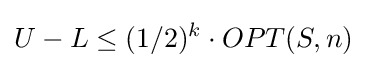
U-L\leq (1/2)^{k}\cdot OPT(S,n)